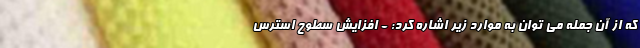
که از آن جمله می توان به موارد زیر اشاره کرد: - افزایش سطوح استرس